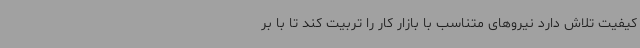
کیفیت تلاش دارد نیروهای متناسب با بازار کار را تربیت کند تا با بر